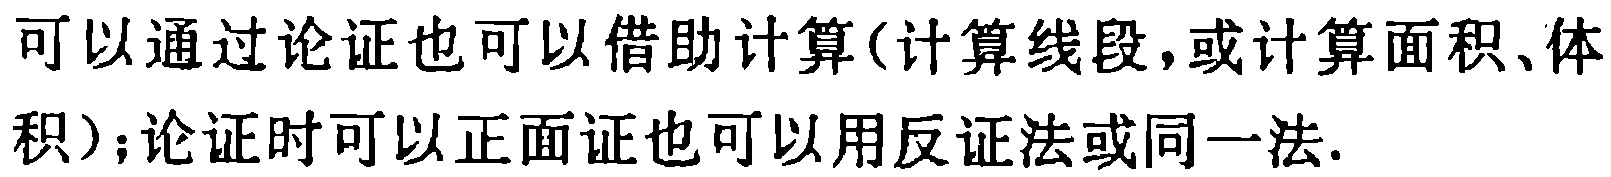
可以通过论证也可以借助计算(计算线段,或计算面积、体积);论证时可以正面证也可以用反证法或同一法.